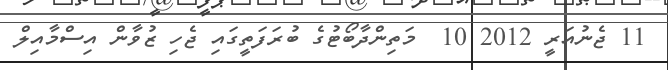
11 ޖެނުއަރީ 2012 10  މަތިންދާބޯޓުގެ ބުރަފަތީގައި ޖެހި ޒުވާން އިސްމާއިލް